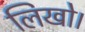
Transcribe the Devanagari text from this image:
लिखो।